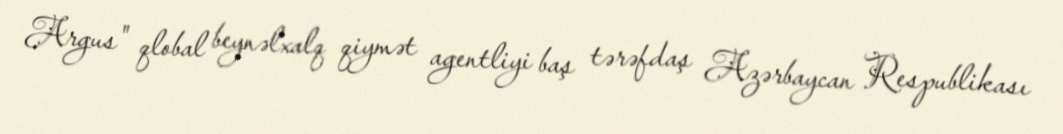
Argus" qlobal beynəlxalq qiymət agentliyi baş tərəfdaş Azərbaycan Respublikası